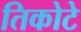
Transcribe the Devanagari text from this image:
तिकोटे